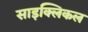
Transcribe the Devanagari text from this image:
साइक्लिकल